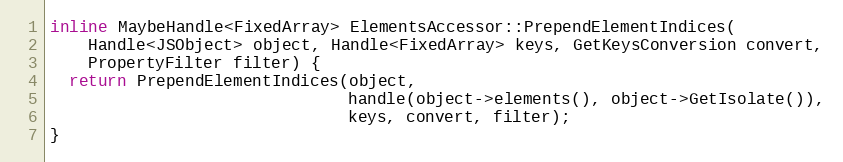
Language: C
inline MaybeHandle<FixedArray> ElementsAccessor::PrependElementIndices(
    Handle<JSObject> object, Handle<FixedArray> keys, GetKeysConversion convert,
    PropertyFilter filter) {
  return PrependElementIndices(object,
                               handle(object->elements(), object->GetIsolate()),
                               keys, convert, filter);
}